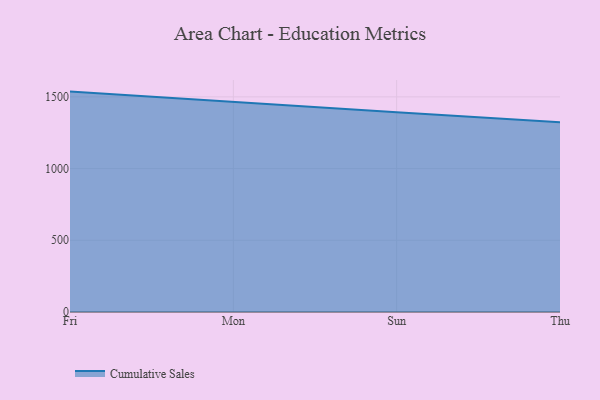
{"axis": {"x": "Day", "y": "Humidity (%)"}, "legend": ["Cumulative Sales"], "data": [{"x": "Fri", "y": 1536.7, "type": "Cumulative Sales"}, {"x": "Mon", "y": 1463.9, "type": "Cumulative Sales"}, {"x": "Sun", "y": 1392.3, "type": "Cumulative Sales"}, {"x": "Thu", "y": 1323.7, "type": "Cumulative Sales"}]}